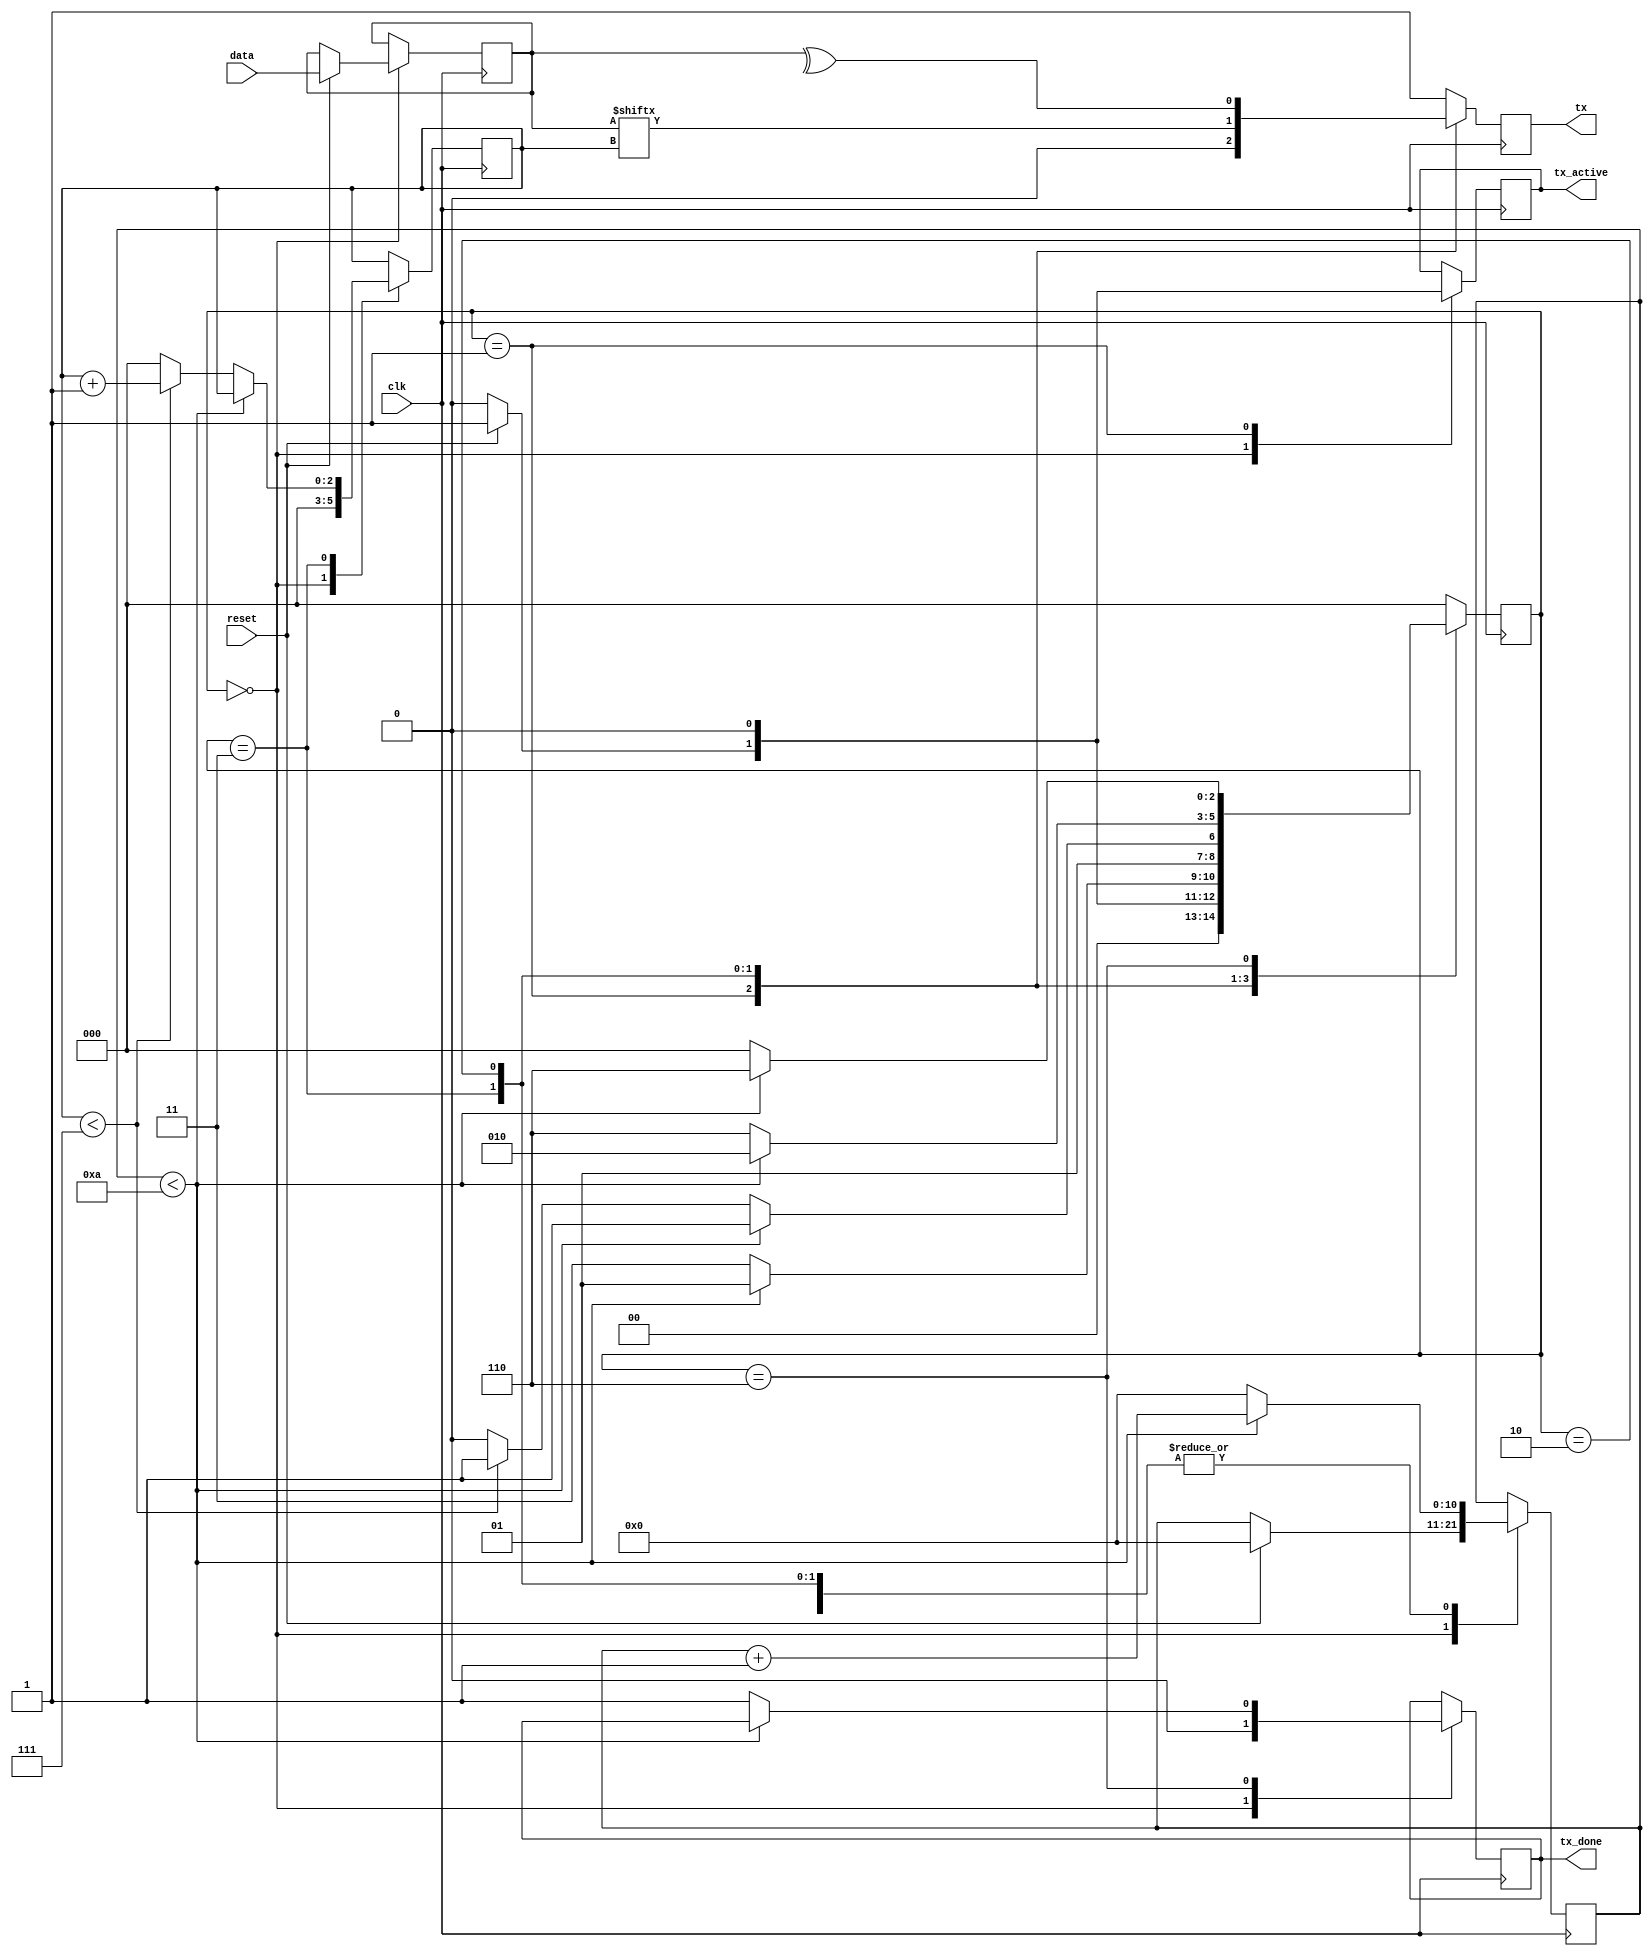
module uart_tx 
(   input clk,
    input reset,
    input [7:0]data,
    output reg tx_active,   //data is being received
    output reg tx,          //serial transmission
    output reg tx_done      //serial tx done
    );
parameter s_idle=3'b000,
          s_start=3'b001,
          s_data=3'b011,
          s_parity=3'b010,
          s_stop=3'b110;
parameter countingtime=10;      //10,000,000 divide by 115200=87.....currently kept 10;
reg [10:0]count;     //used to set baud rate...9600bits per second
reg [2:0]state=0;
reg [7:0]tx_data;
reg [2:0]bits;
always@(posedge clk)
case(state)
    s_idle:begin
            tx<=1;
            tx_done<=0;
            tx_active<=0;
            bits<=0;
            if(reset==0)
                state<=s_idle;
            else begin
                tx_active<=1;
                tx_data<=data;  //transfer data
                state<=s_start;
                count<=0;
                 end
            end
    s_start:begin
             tx_active<=0;
             tx<=0;             //start bit
             if(count<countingtime)      
                begin   count=count+1'b1;
                        state<=s_start;     end
             else begin
                    count<=0;
                    state<=s_data;     end
            end
    s_data:begin
            tx<=tx_data[bits];              //data from LSB
            if(count<countingtime) begin
                count<=count+1'b1;
                state<=s_data;   end
            else  begin
            count<=0;
            if(bits<7)  begin
                bits<=bits+1'b1;
                state<=s_data;  end
            else  begin
                bits<=0;
                state<=s_parity; end  end
            end
    s_parity: begin
                tx<= ^tx_data;             // parity bit
                if(count<countingtime)
                    begin   count<=count+1'b1;
                    state<=s_parity;  end
                else
                begin count<=0;
                      state<=s_stop;   end
              end
     s_stop: begin
                tx<=1;              //stop bit
                if(count<countingtime)
                begin  count<=count+1'b1;
                    state<=s_stop;  end 
                else                 
                begin count<=0;
                      tx_done<=1;
                      state<=s_idle;   end
              end 
     default: begin
                  tx<=1;
                  state<=s_idle;
              end         
             
endcase
endmodule